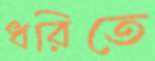
ধরিতে